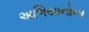
અભિયાનોના